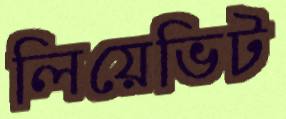
লিয়েভিট